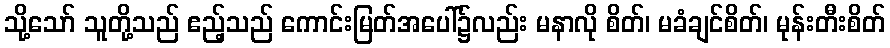
သို့သော် သူတို့သည် ဧည့်သည် ကောင်းမြတ်အပေါ်၌လည်း မနာလို စိတ်၊ မခံချင်စိတ်၊ မုန်းတီးစိတ်